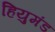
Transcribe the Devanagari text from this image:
हियुमंड